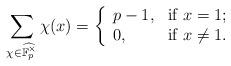
LaTeX: \begin{align*}\sum_{\chi\in\widehat{\mathbb{F}_p^\times}}\chi(x)=\left\{ \begin{array}{ll} p-1 , & \hbox{if $x=1$;} \\ 0, & \hbox{if $x\neq1$.} \end{array} \right.\end{align*}